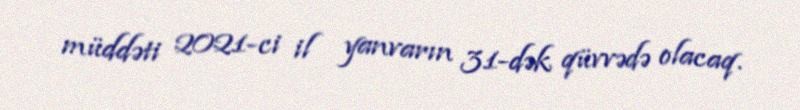
müddəti 2021-ci il yanvarın 31-dək qüvvədə olacaq.